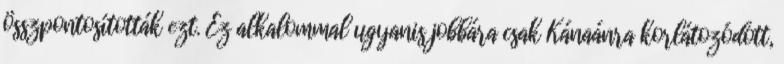
összpontosították ezt. Ez alkalommal ugyanis jobbára csak Kánaánra korlátozódott,